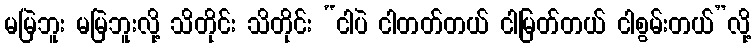
မမြဲဘူး မမြဲဘူးလို့ သိတိုင်း သိတိုင်း “ငါပဲ ငါတတ်တယ် ငါမြတ်တယ် ငါစွမ်းတယ်”လို့